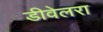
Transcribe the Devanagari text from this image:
डीवेलरा